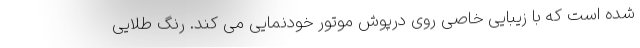
شده است که با زیبایی خاصی روی درپوش موتور خودنمایی می کند. رنگ طلایی